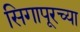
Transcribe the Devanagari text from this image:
सिगापूरच्या